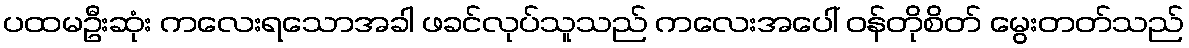
ပထမဦးဆုံး ကလေးရသောအခါ ဖခင်လုပ်သူသည် ကလေးအပေါ် ဝန်တိုစိတ် မွေးတတ်သည်